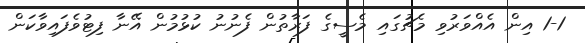
1-1 އިން އެއްވަރުވި މެޗުގައި މެސީގެ ފަރާތުން ފެނުނު ކުޅުމުން އޭނާ ފިޓުވެފައިވާކަން